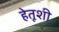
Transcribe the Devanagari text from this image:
हेतूशी